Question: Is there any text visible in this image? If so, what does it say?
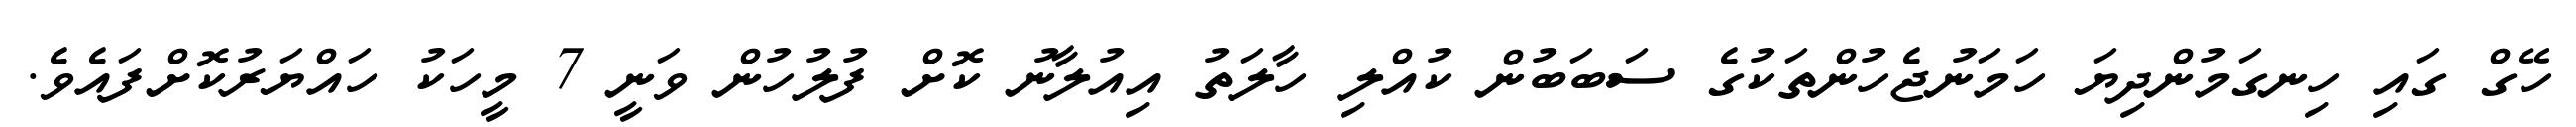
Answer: ހޭގް ގައި ހިނގަމުންދިޔަ ހަމަނުޖެހުންތަކުގެ ސަބަބުން ކުއްލި ހާލަތު އިއުލާނު ކޮށް ފުލުހުން ވަނީ 7 މީހަކު ހައްޔަރުކޮށްފައެވެ.